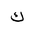
Letter: _kaf